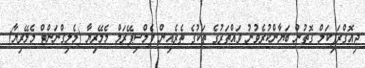
ޖިއޮގްރަފިކަލް ގޮތުން ބަޔާންކުރެވުނު ވައްތަރުގެ ތަކުގެ ތެރެއިން ފެލްސިޕޭރަމް މެލޭރިޔާ (މެލިގްނަންޓް މެލޭރިޔާ)